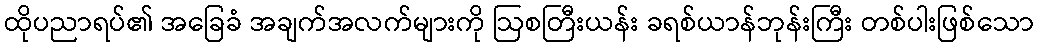
ထိုပညာရပ်၏ အခြေခံ အချက်အလက်များကို ဩစတြီးယန်း ခရစ်ယာန်ဘုန်းကြီး တစ်ပါးဖြစ်သော